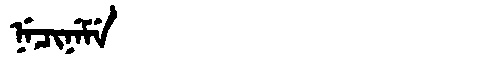
Manchu: ᠨᡝᠴᡳᠨᡝᠮᡝ
Romanization: NECINEME